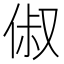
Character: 俶